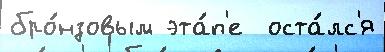
бро́нзовым эта́п'е  оста́лс'я